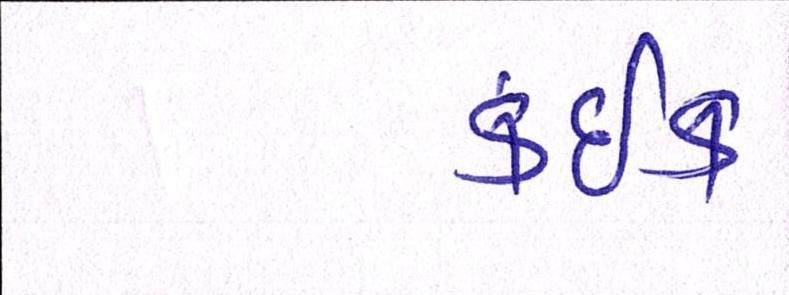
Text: કંઈક